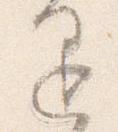
退